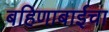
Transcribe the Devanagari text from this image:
बहिणाबाईचा